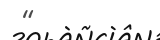
"